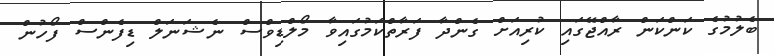
ބެލުމުގެ ކަންކަން ރާއްޖޭގައި ކުރިއަށް ގެންދާ ފަރާތްކަމުގައިވާ މޯލްޑިވްސް ނެޝަނަލް ޑިފެންސް ފޯހުން